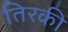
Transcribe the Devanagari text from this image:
तिरकी